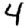
Digit: 4